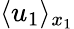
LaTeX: \langle u_{1}\rangle_{x_{1}}